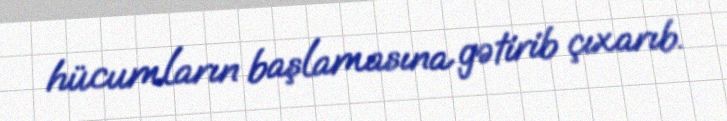
hücumların başlamasına gətirib çıxarıb.